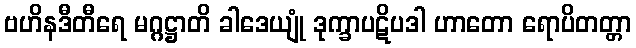
ဗဟိနဒီတီရေ မဂ္ဂဋ္ဌာတိ ခါဒေယျုံ ဒုက္ခာပဋိပဒါ ဟာတော ရောပိတတ္တာ